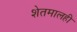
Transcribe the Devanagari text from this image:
शेतमालही